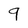
Character: 9